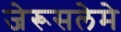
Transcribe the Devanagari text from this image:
जेरूसलेमे